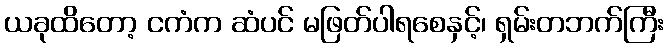
ယခုထိတော့ ငကံက ဆံပင် မဖြတ်ပါရစေနှင့်၊ ရှမ်းတဘက်ကြီး